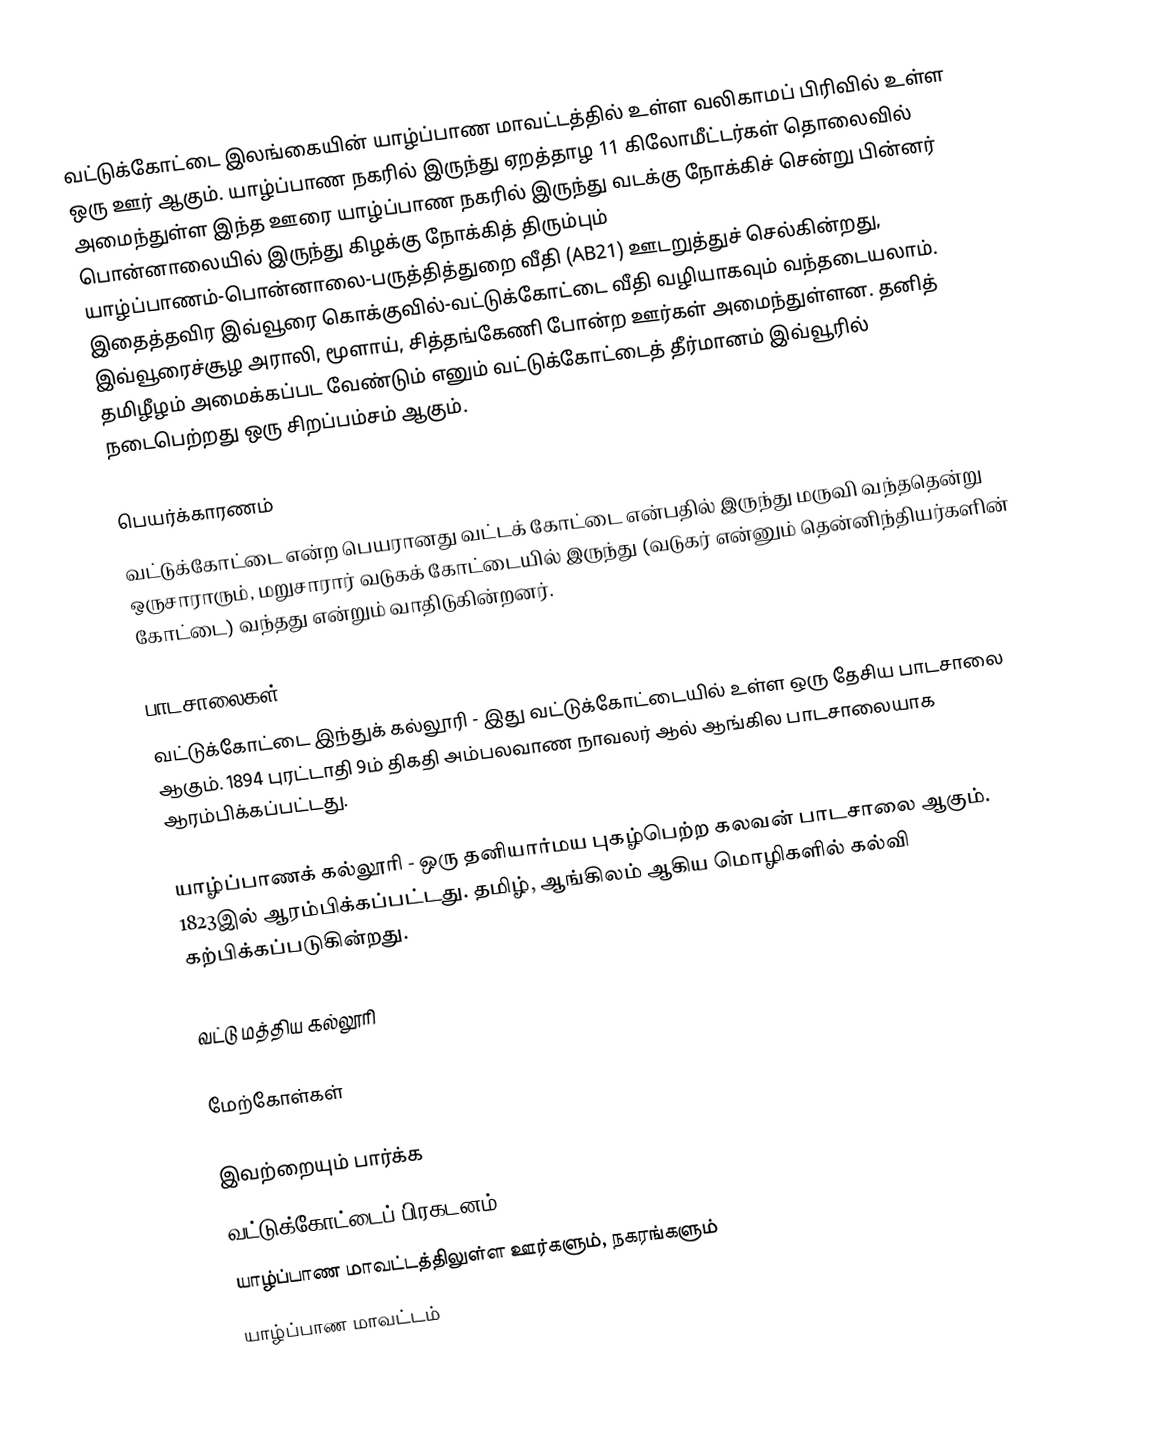
வட்டுக்கோட்டை இலங்கையின் யாழ்ப்பாண மாவட்டத்தில் உள்ள வலிகாமப் பிரிவில் உள்ள ஒரு ஊர் ஆகும். யாழ்ப்பாண நகரில் இருந்து ஏறத்தாழ 11 கிலோமீட்டர்கள் தொலைவில் அமைந்துள்ள இந்த ஊரை யாழ்ப்பாண நகரில் இருந்து வடக்கு நோக்கிச் சென்று பின்னர் பொன்னாலையில் இருந்து கிழக்கு நோக்கித் திரும்பும் யாழ்ப்பாணம்-பொன்னாலை-பருத்தித்துறை வீதி (AB21) ஊடறுத்துச் செல்கின்றது, இதைத்தவிர இவ்வூரை கொக்குவில்-வட்டுக்கோட்டை வீதி வழியாகவும் வந்தடையலாம். இவ்வூரைச்சூழ அராலி, மூளாய், சித்தங்கேணி போன்ற ஊர்கள் அமைந்துள்ளன. தனித் தமிழீழம் அமைக்கப்பட வேண்டும் எனும் வட்டுக்கோட்டைத் தீர்மானம் இவ்வூரில் நடைபெற்றது ஒரு சிறப்பம்சம் ஆகும்.

பெயர்க்காரணம்
வட்டுக்கோட்டை என்ற பெயரானது வட்டக் கோட்டை என்பதில் இருந்து மருவி வந்ததென்று ஒருசாராரும், மறுசாரார் வடுகக் கோட்டையில் இருந்து (வடுகர் என்னும் தென்னிந்தியர்களின் கோட்டை) வந்தது என்றும் வாதிடுகின்றனர்.

பாடசாலைகள்
வட்டுக்கோட்டை இந்துக் கல்லூரி - இது வட்டுக்கோட்டையில் உள்ள ஒரு தேசிய பாடசாலை ஆகும். 1894 புரட்டாதி 9ம் திகதி அம்பலவாண நாவலர் ஆல் ஆங்கில பாடசாலையாக ஆரம்பிக்கப்பட்டது.

யாழ்ப்பாணக் கல்லூரி - ஒரு தனியார்மய புகழ்பெற்ற கலவன் பாடசாலை ஆகும். 1823இல் ஆரம்பிக்கப்பட்டது. தமிழ், ஆங்கிலம் ஆகிய மொழிகளில் கல்வி கற்பிக்கப்படுகின்றது.

வட்டு மத்திய கல்லூரி

மேற்கோள்கள்

இவற்றையும் பார்க்க
வட்டுக்கோட்டைப் பிரகடனம்
 யாழ்ப்பாண மாவட்டத்திலுள்ள ஊர்களும், நகரங்களும்
யாழ்ப்பாண மாவட்டம்